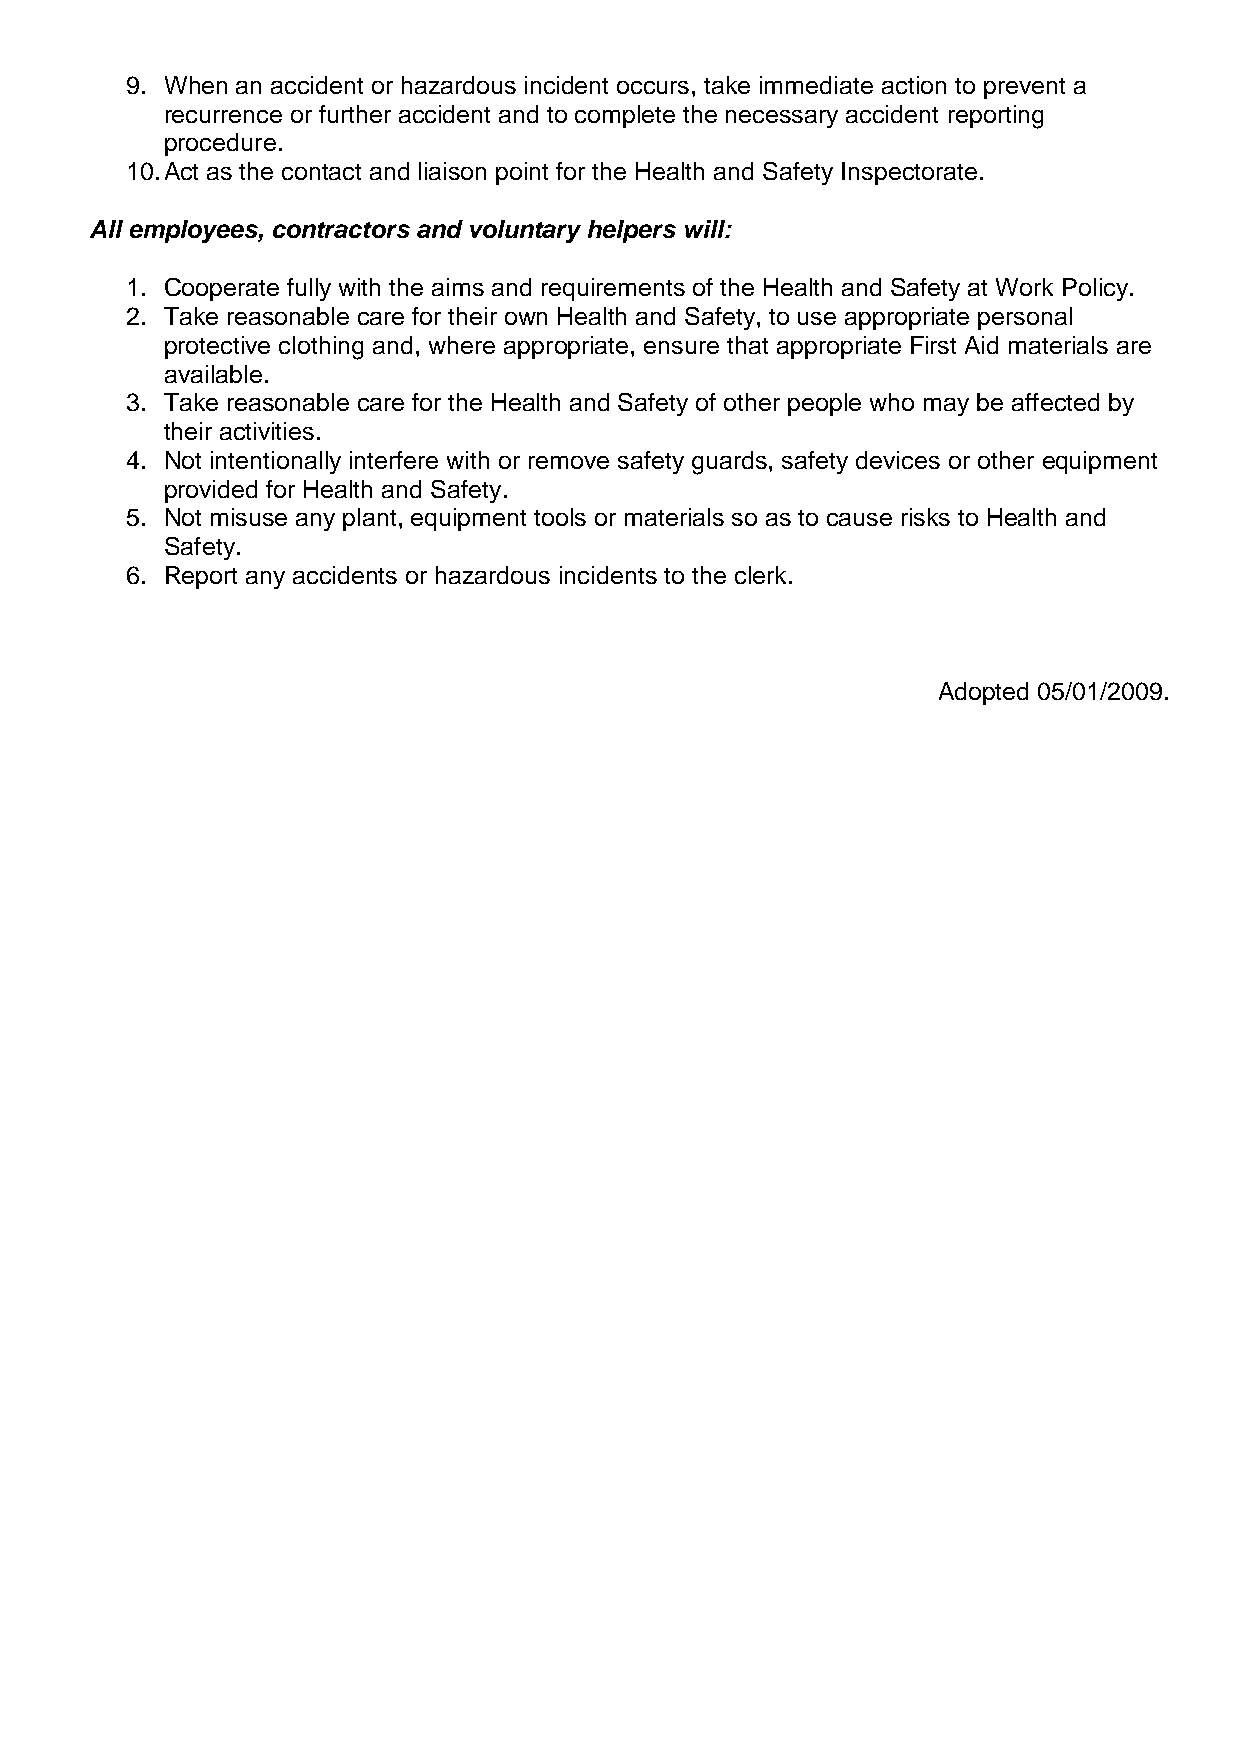
9. When an accident or hazardous incident occurs, take immediate action to prevent a
 recurrence or further accident and to complete the necessary accident reporting
 procedure.
 10. Act as the contact and liaison point for the Health and Safety Inspectorate.
 All employees, contractors and voluntary helpers will:
 1. Cooperate fully with the aims and requirements of the Health and Safety at Work Policy.
 2. Take reasonable care for their own Health and Safety, to use appropriate personal
 protective clothing and, where appropriate, ensure that appropriate First Aid materials are
 available.
 3. Take reasonable care for the Health and Safety of other people who may be affected by
 their activities.
 4. Not intentionally interfere with or remove safety guards, safety devices or other equipment
 provided for Health and Safety.
 5. Not misuse any plant, equipment tools or materials so as to cause risks to Health and
 Safety.
 6. Report any accidents or hazardous incidents to the clerk.
 Adopted 05/01/2009.